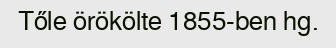
Tőle örökölte 1855-ben hg.